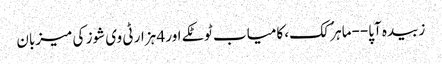
زبیدہ آپا--ماہر ُکک، کامیاب ٹوٹکے اور 4 ہزار ٹی وی شوز کی میزبان